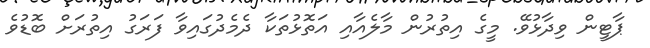
ޕާޓީން ވިދާޅުވޭ. މީގެ އިތުރުން މާލެއާއި އަތޮޅުތަކާ ދެމެދުގައިވާ ފަރަގު އިތުރަށް ބޮޑުވެ